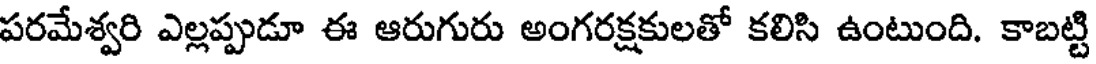
పరమేశ్వరి ఎల్లప్పుడూ ఈ ఆరుగురు అంగరక్షకులతో కలిసి ఉంటుంది. కాబట్టి